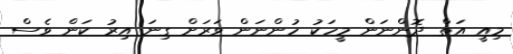
މިއީ އަތް ދޮންނަން މީހަކު ހުންނަން ވަރަށް ގިނަ އިރު ކަން ވެސް